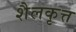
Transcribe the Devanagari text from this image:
शैलकृत्त